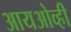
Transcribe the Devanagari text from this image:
आयओव्ही